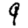
Digit: 9